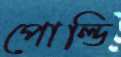
পোল্ডি